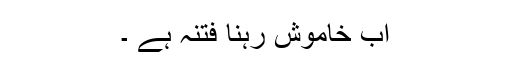
اب خاموش رہنا فتنہ ہے ۔